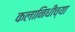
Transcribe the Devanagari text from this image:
कलानिधीच्या